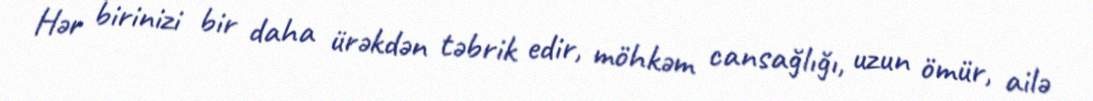
Hər birinizi bir daha ürəkdən təbrik edir, möhkəm cansağlığı, uzun ömür, ailə